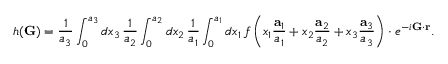
h ( \mathbf { G } ) = { \frac { 1 } { a _ { 3 } } } \int _ { 0 } ^ { a _ { 3 } } d x _ { 3 } \, { \frac { 1 } { a _ { 2 } } } \int _ { 0 } ^ { a _ { 2 } } d x _ { 2 } \, { \frac { 1 } { a _ { 1 } } } \int _ { 0 } ^ { a _ { 1 } } d x _ { 1 } \, f \left( x _ { 1 } { \frac { \mathbf { a } _ { 1 } } { a _ { 1 } } } + x _ { 2 } { \frac { \mathbf { a } _ { 2 } } { a _ { 2 } } } + x _ { 3 } { \frac { \mathbf { a } _ { 3 } } { a _ { 3 } } } \right) \cdot e ^ { - i \mathbf { G } \cdot \mathbf { r } } .